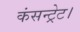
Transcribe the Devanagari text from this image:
कंसन्ट्रेट।